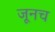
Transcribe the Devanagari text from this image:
जूनच